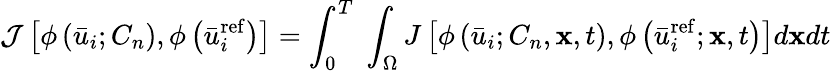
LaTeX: \mathcal{J}\left[{\phi\left({{{\bar{u}}_{i}{;{C_{n}}}}}\right),\phi\left({\bar{u}_{i}^{\mathrm{{ref}}}}\right)}\right]=\int_{0}^{T}\; {\int_{\Omega}{J\left[{\phi\left({{{\bar{u}}_{i}};{C_{n}},{\mathbf{x}},t}\right),\phi\left({\bar{u}_{i}^{\mathrm{{ref}}};{\mathbf{x}},t}\right)}\right]d{\mathbf{x}}dt}}